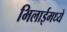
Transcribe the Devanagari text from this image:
भिलाईमध्ये